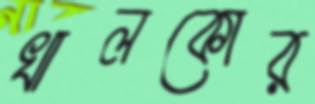
খালকোর